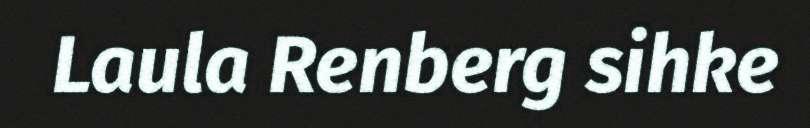
Laula Renberg sihke